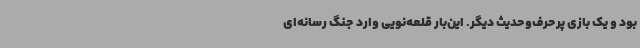
بود و یک بازی پرحرف‌وحدیث دیگر. این‌بار قلعه‌نویی وارد جنگ رسانه‌ای